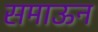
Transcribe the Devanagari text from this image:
समाऊन